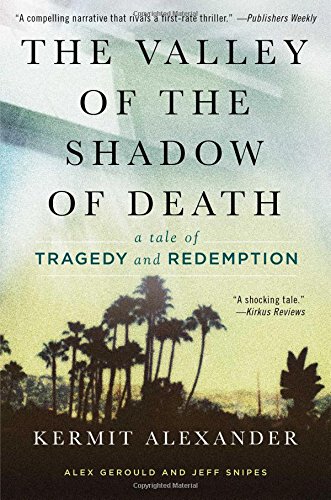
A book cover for The Valley of the Shadow of Death: A Tale of Tragedy and Redemption; Kermit Alexander; Biographies & Memoirs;